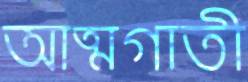
আত্মগাতী